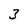
Character: 3